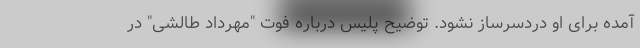
آمده برای او دردسرساز نشود. توضیح پلیس درباره فوت "مهرداد طالشی" در